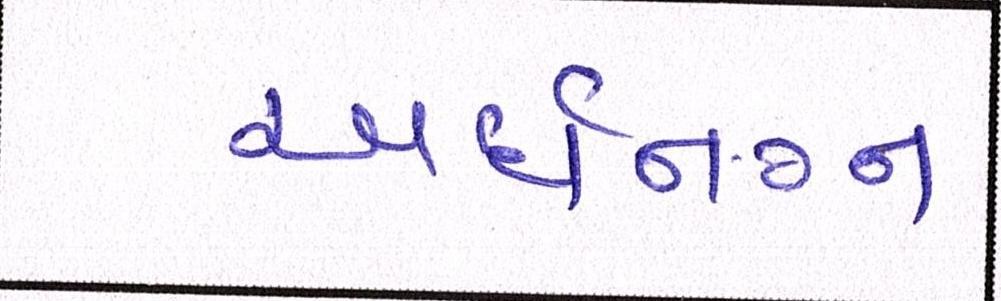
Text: અર્ધનગ્ન